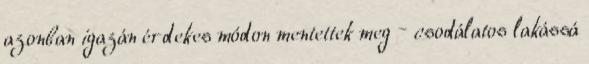
azonban igazán érdekes módon mentettek meg – csodálatos lakássá